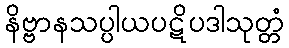
နိဗ္ဗာနသပ္ပါယပဋိပဒါသုတ္တံ